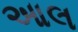
આલ